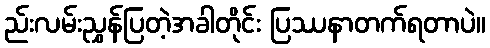
ည်းလမ်းညွှန်ပြတဲ့အခါတိုင်း ပြဿနာတက်ရတာပဲ။